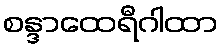
စန္ဒာထေရီဂါထာ